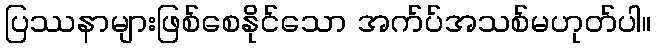
ပြဿနာများဖြစ်စေနိုင်သော အက်ပ်အသစ်မဟုတ်ပါ။